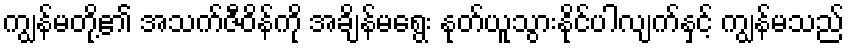
ကျွန်မတို့၏ အသက်ဇီဝိန်ကို အချိန်မရွေး နုတ်ယူသွားနိုင်ပါလျက်နှင့် ကျွန်မသည်